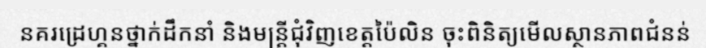
នគរដ្រេហ្គនថ្នាក់ដឹកនាំ និងមន្ត្រីជុំវិញខេត្តប៉ៃលិន ចុះពិនិត្យមើលស្ថានភាពជំនន់